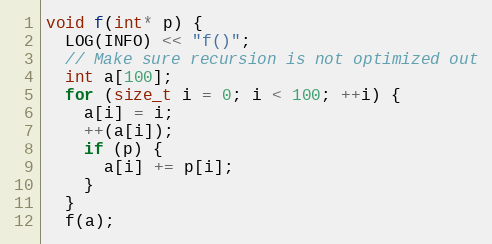
Language: C++
void f(int* p) {
  LOG(INFO) << "f()";
  // Make sure recursion is not optimized out
  int a[100];
  for (size_t i = 0; i < 100; ++i) {
    a[i] = i;
    ++(a[i]);
    if (p) {
      a[i] += p[i];
    }
  }
  f(a);